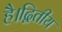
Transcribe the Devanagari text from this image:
है।द्वितीय